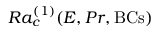
R a _ { c } ^ { ( 1 ) } ( E , P r , \mathrm { B C s } )